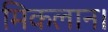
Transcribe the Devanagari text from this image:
मिकलान।